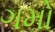
ગમો